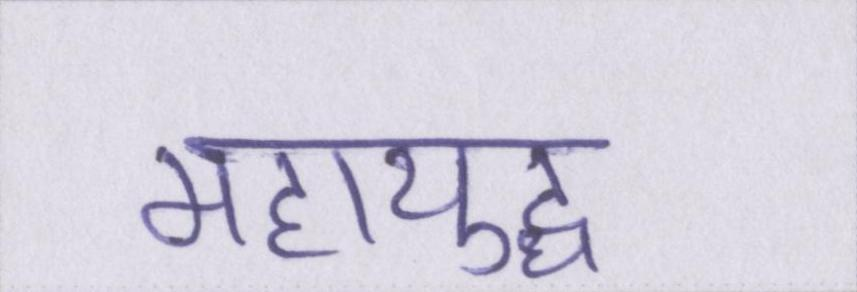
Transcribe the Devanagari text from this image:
महायुद्ध